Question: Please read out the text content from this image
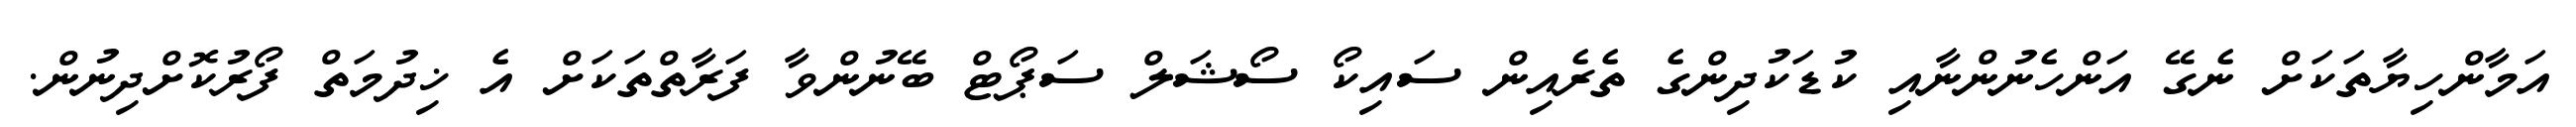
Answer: އަމާންހިޔާތަކަށް ނެގޭ އަންހެނުންނާއި ކުޑަކުދިންގެ ތެރެއިން ސައިކޯ ސޯޝަލް ސަޕޯޓް ބޭނުންވާ ފަރާތްތަކަށް އެ ޚިދުމަތް ފޯރުކޮށްދިނުން.